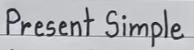
Present Simple